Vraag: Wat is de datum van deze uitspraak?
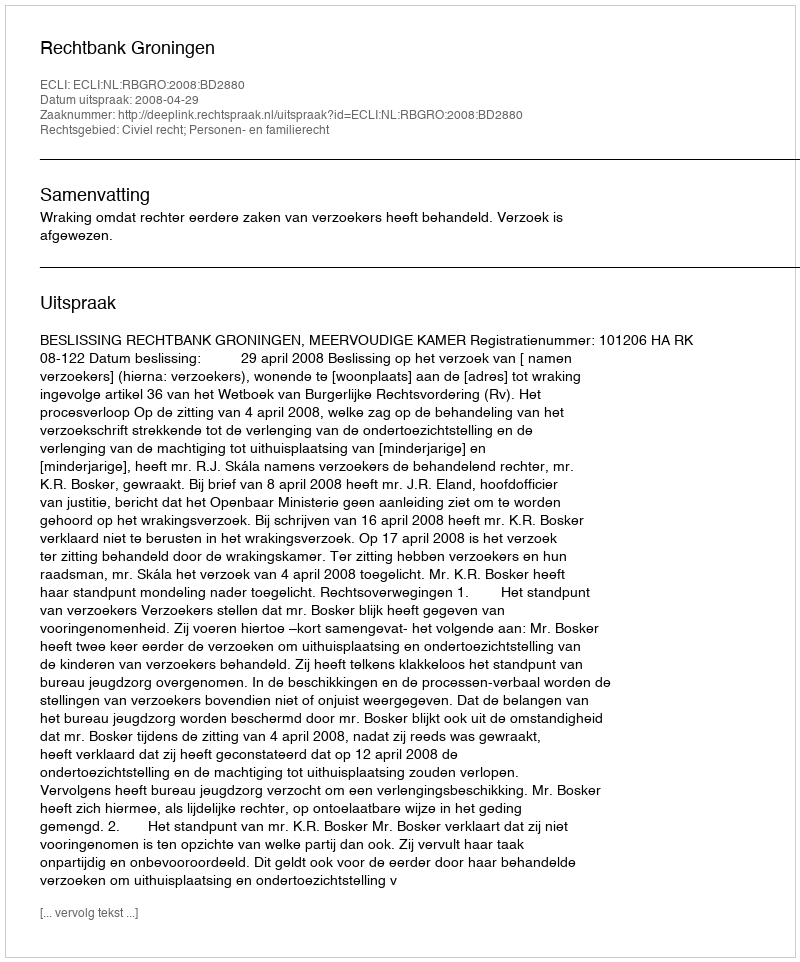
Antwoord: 2008-04-29